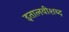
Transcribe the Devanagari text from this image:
इतालवीशब्द